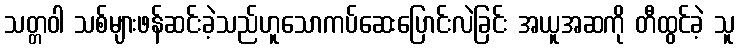
သတ္တဝါ သစ်များဖန်ဆင်းခဲ့သည်ဟူသောကပ်ဆေးပြောင်းလဲခြင်း အယူအဆကို တီထွင်ခဲ့ သူ